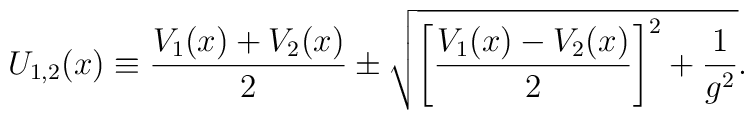
U_{1,2}(x)\equiv{V_1(x)+V_2(x)\over2}   \pm\sqrt{\left[{V_1(x)-V_2(x)\over2}\right]^2+{1\over g^2}}.